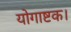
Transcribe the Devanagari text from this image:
योगाष्टक।